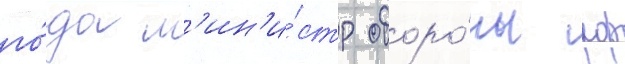
го́да м'ин'и́стр оборо́ны рф